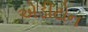
એડીટોન